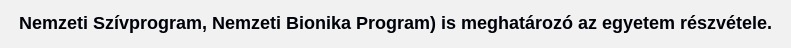
Nemzeti Szívprogram, Nemzeti Bionika Program) is meghatározó az egyetem részvétele.